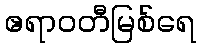
ဧရာဝတီမြစ်ရေ